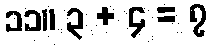
၁၁။ ၃ + ၄ = ၇